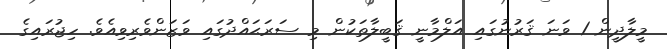
މީީލާދީން 1 ވަނަ ޤަރުނުގައި އަލްމާނީ ޤަބީލާތަކުން މި ސަރަޙައްދުގައި ވަޒަންވެރިވިއެވެ. ހިޖުރައިގެ